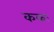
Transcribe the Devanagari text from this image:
ककः